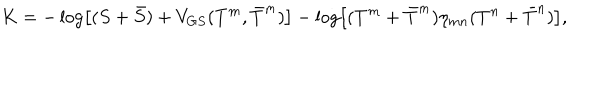
K = - \log \left[ ( S + \bar { S } ) + V _ { G S } ( T ^ { m } , \bar { T } ^ { m } ) \right] - \log \left[ ( T ^ { m } + \bar { T } ^ { m } ) \eta _ { m n } ( T ^ { n } + \bar { T } ^ { n } ) \right] ,